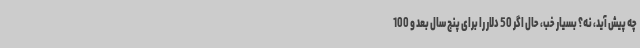
چه پیش آید، نه؟ بسیار خب، حال اگر 50 دلار را برای پنج سال بعد و 100